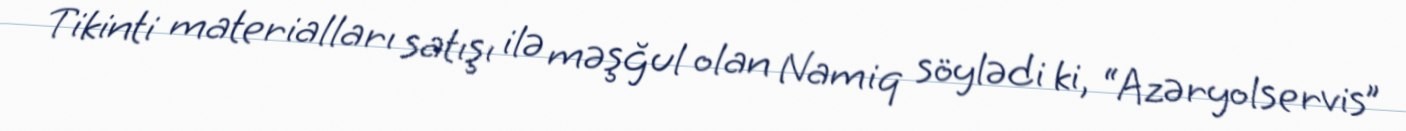
Tikinti materialları satışı ilə məşğul olan Namiq söylədi ki, “Azəryolservis”